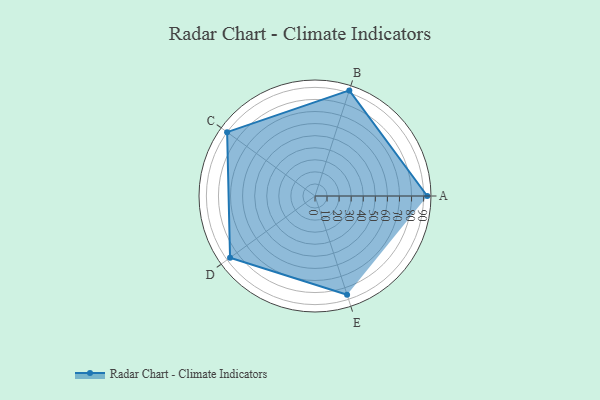
{"axis": {"x": "Skill", "y": "Score"}, "legend": ["Profile"], "data": [{"x": "A", "y": 93.0, "type": "Profile"}, {"x": "B", "y": 92.0, "type": "Profile"}, {"x": "C", "y": 90.0, "type": "Profile"}, {"x": "D", "y": 87.0, "type": "Profile"}, {"x": "E", "y": 86.0, "type": "Profile"}]}